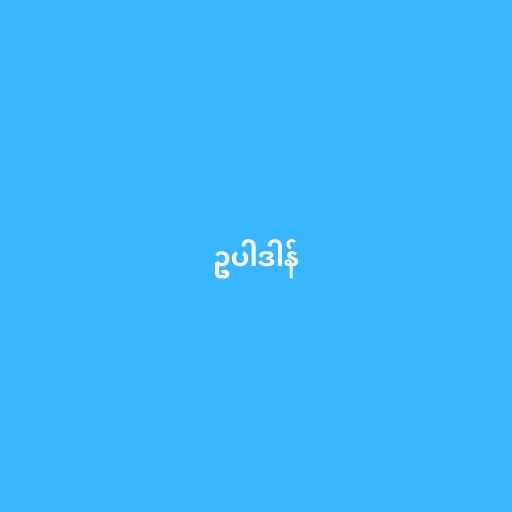
ဥပါဒါန်